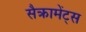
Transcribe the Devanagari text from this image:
सैक्रामेंट्स